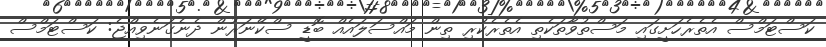
ކަސްޓަމްސް އެތެރެހަށީގައި މަސްތުވާތަކެތި އެތެރެކުރި ތިން މައްސަލައެއް ބޮޑީ ސްކޭނަރުން ދެނެގަނެވިއްޖެ: ކަސްޓަމްސް